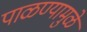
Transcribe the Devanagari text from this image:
पाळण्यामुळे